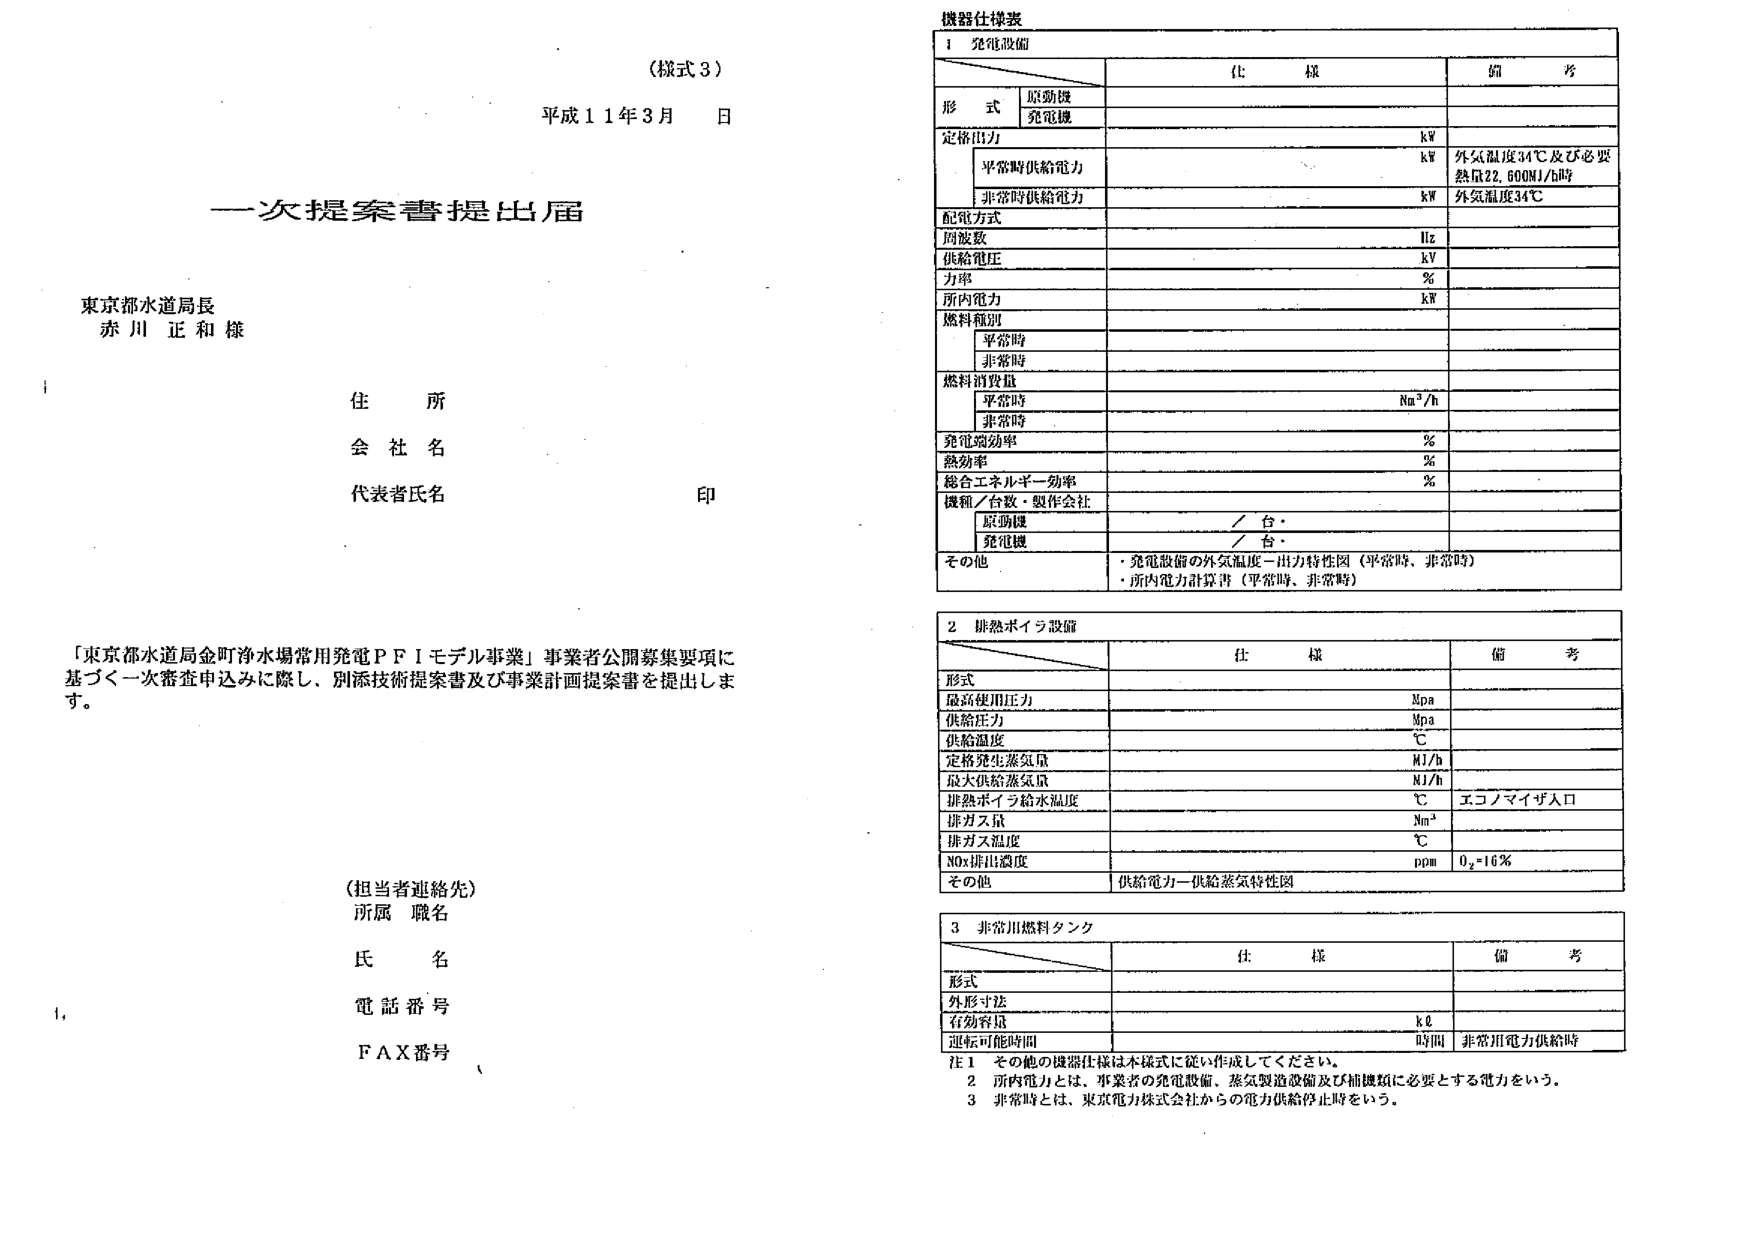
（様式３）
平成１１年３月　日

一次提案書提出届

東京都水道局長
赤川 正和 様

住所
会社名
代表者氏名　印

「東京都水道局金町浄水場常用発電ＰＦＩモデル事業」事業者公開募集要項に
基づく一次審査申込みに際し、別添技術提案書及び事業計画提案書を提出します。

（担当者連絡先）
所属　職名
氏　名
電話番号
ＦＡＸ番号

機器仕様表

１ 発電設備